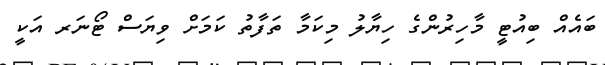
ބައެއް ބިއުޓީ މާހިރުންގެ ހިޔާލު މިކަމާ ތަފާތު ކަމަށް ވިޔަސް ޓޯނަރ އަކީ